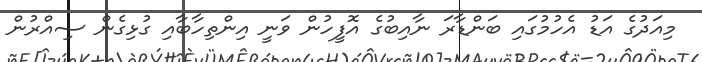
މިއަދުގެ އަޑު އެހުމުގައި ބަންޑާރަ ނާއިބުގެ އޮފީހުން ވަނީ އިންތިހާބާއި ގުޅިގެން ސިއްރުން